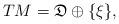
LaTeX: \begin{align*}TM=\mathfrak{D}\oplus\{\xi\}, \end{align*}